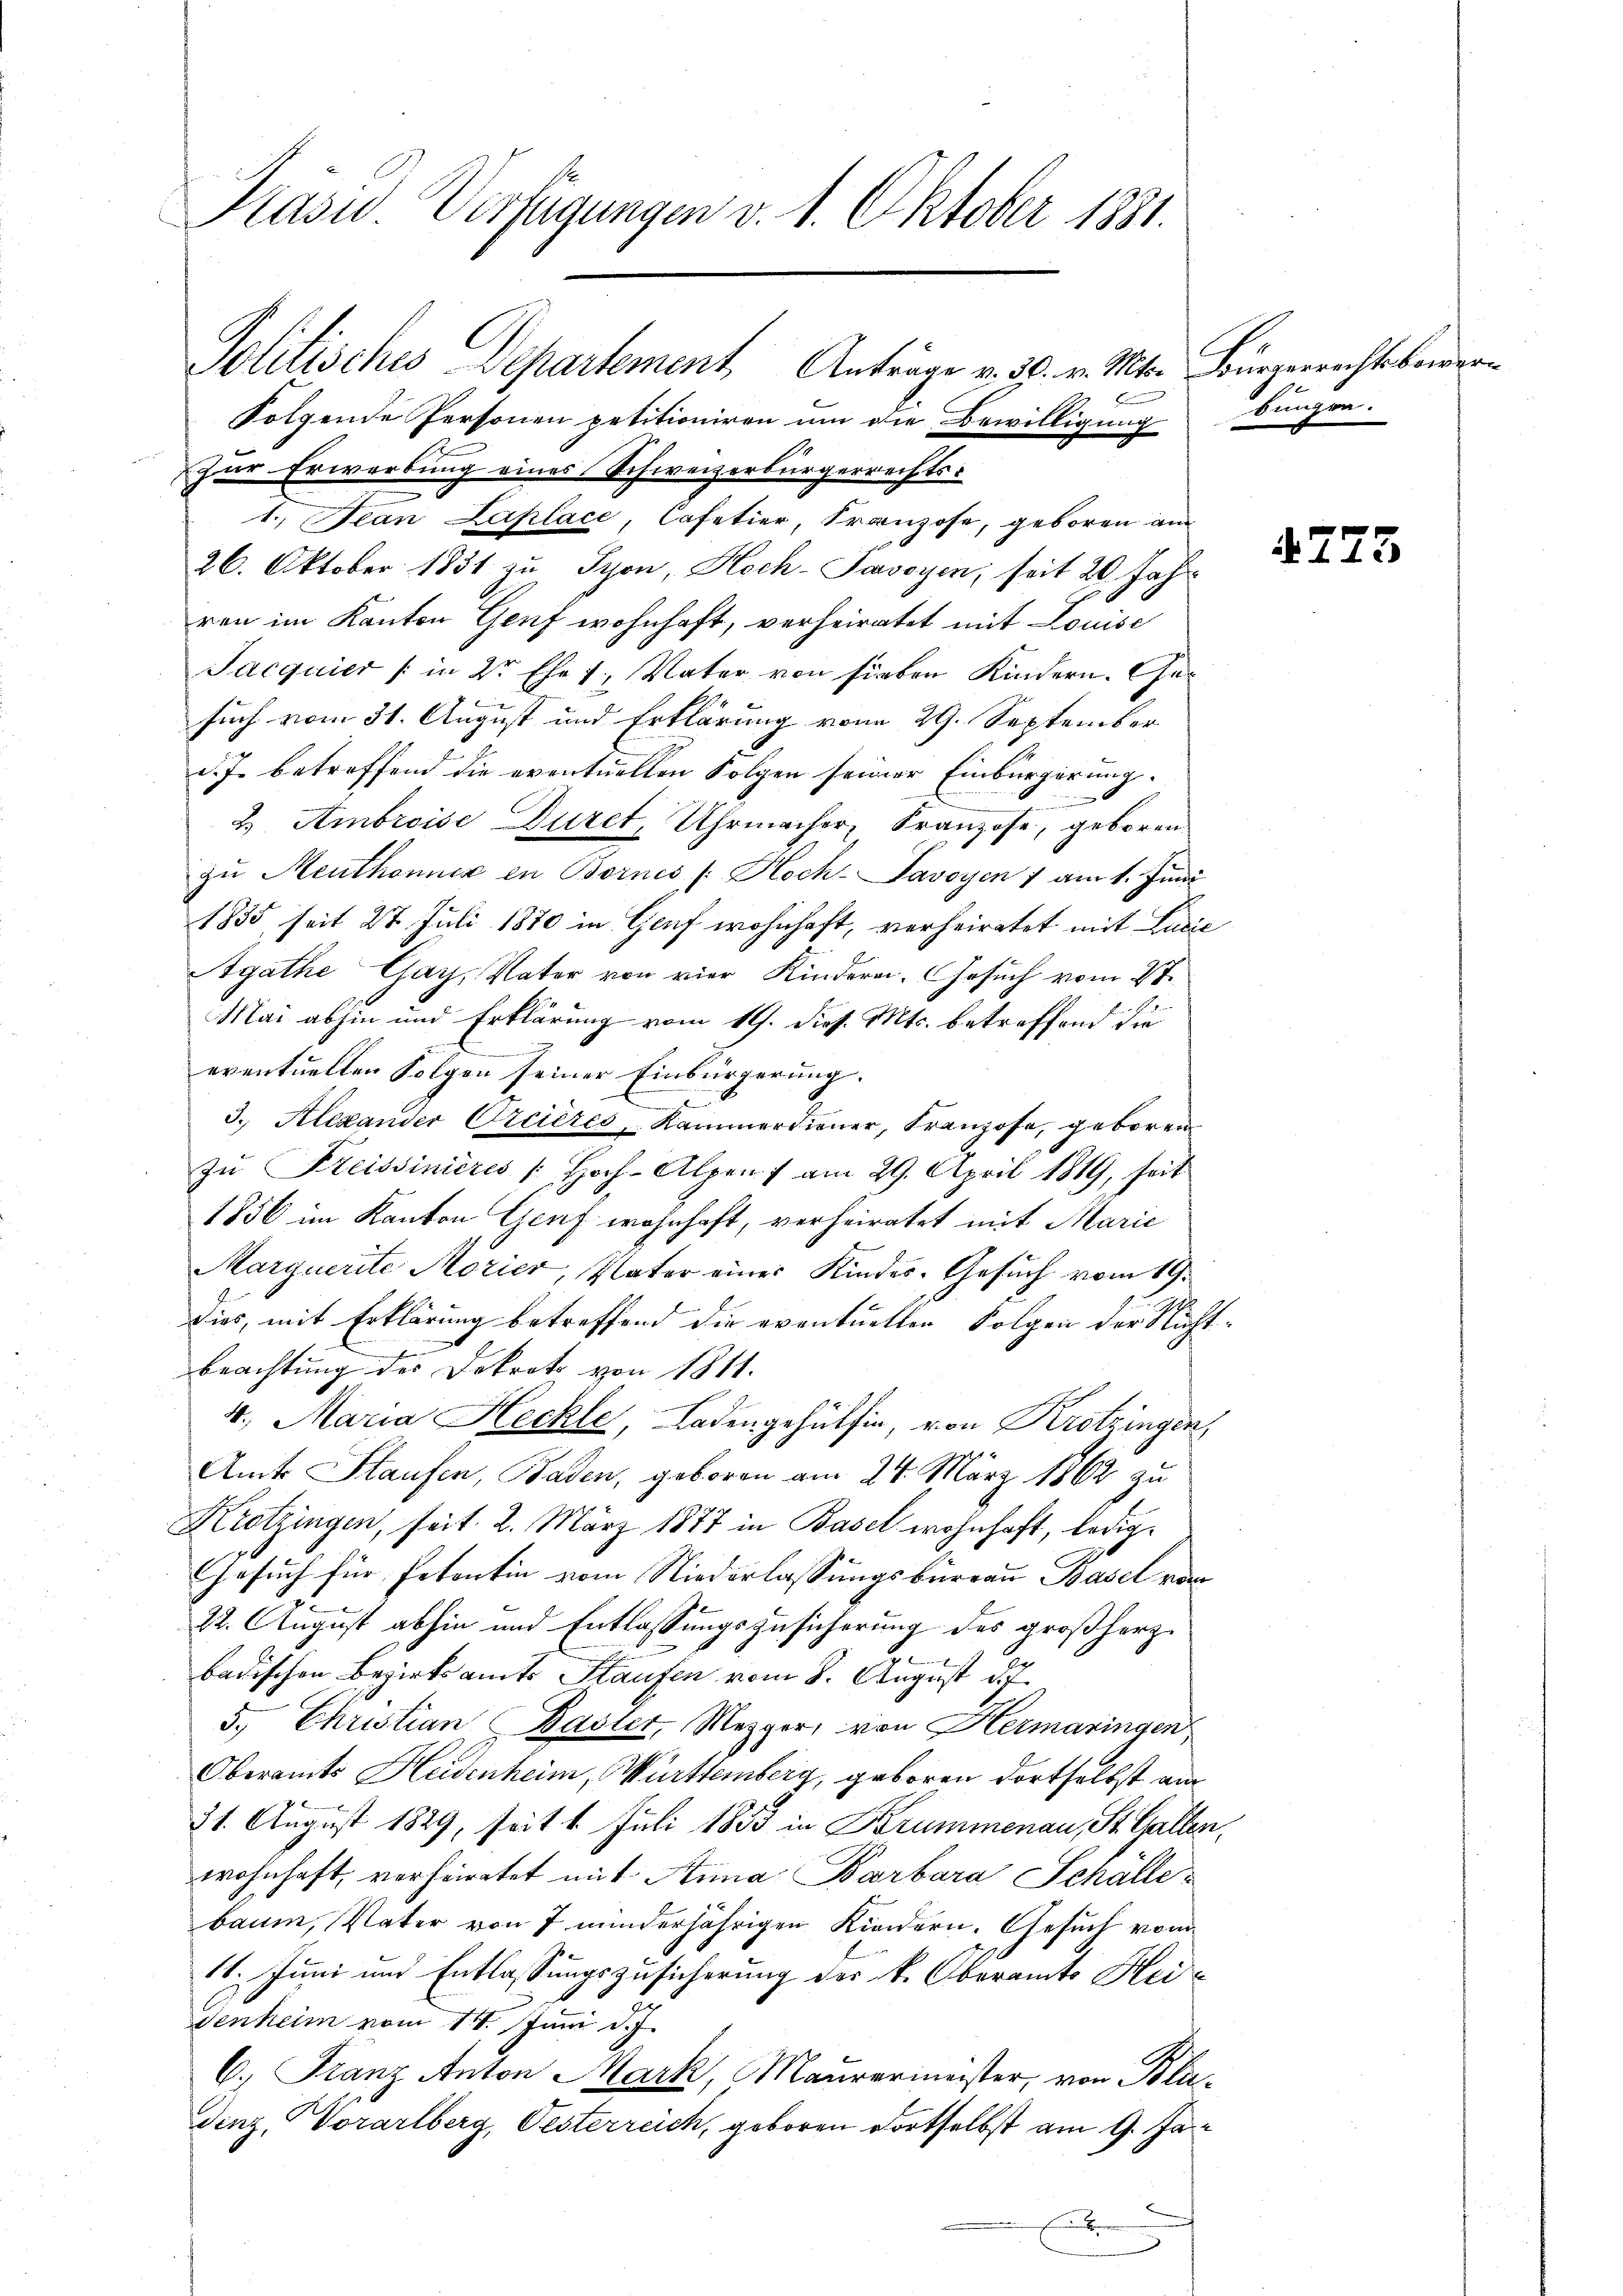
Präsid. Verfügungen v. 1. Oktober 1881.

folgende Personen petitioniren um die Bewilligung
Zur Erwerbung eines Schweizerbürgerrechts¬
1. Jean Laplace, Cafetier, Franzose, geboren am
26. Oktober 1831 zu Tyon, Hoch-Pavoyen, seit 20 Jahr
ren im Kanton Genf wohnhaft, verheiratet mit Louise
Jacquier / in Dr Ehe 1. Vater von sieben Kindern. Gesuch vom 31. August und Erklärung vom 29. September
d. J. betreffend die eventuellen Folgen seiner Einbürgerung.
.
n
2.) Ambroise Duret, Uhrmacher, Franzose, geboren
zŭ Meuthonner in Bornes /: Hoch- Savoyen 1 am 1. Juni
1835, seit 27. Juli 1870 in Genf wohnhaft, verheiratet mit Lucie
Agathe Gay, Vater von vier Kindern. Gesuch vom 27.
Mai abhin und Erklärung vom 19. dies. Mts. betreffend die
eventuellen Folgen seiner Einbürgerung.
3. Alexander Orcieres, Kammerdiener, Franzose, geboren
zu Kreissinieres Hoch-Alpen ) am 29. April 1819, heit
1856 im Kanton Genf wohnhaft, verheiratet mit Marie
Marquerite Morier, Vater eines Kindes-Gesuch vom 19.
dies, mit Erklärung betreffend die eventuellen Folgen der Nicht-
beachtung des Dokrato von 1811.
4., Maria Heckle, Ladengehülfen, von Krotzingen,
Amts Staufen, Baden, geboren am 24. März 1862 zu
Krotzingen, seit 2. März 1877 in Basel wohnhaft, ledig¬
Gesuch für Petentin vom Niederlassungsberrau Basel vom
.
22. August abhin und Entlassungszusicherung des großherz¬
1
badischen Bezirksamts Staufen vom 8. August d. J.
5. Christian Basler, Mezger, von Hermaringen
Oberamts Heidenheim, Württemberg, geboren dortselbst am
21. August 1829, seit 1. Juli 1853 in Krummenau, St. Gallen,
wohnhaft, verheiratet mit Anna Barbara Schälle
baum, Vater von 7 minderjährigen Kindern. Gesuch vom
11. Juni und Entlassungszusicherung des k. Oberamts Heidenheim vom 1. Juni d. J.
C. Franz Anton Mark, Maurermeister, von Bladinz, Vorarlberg, Oesterreich, geboren dortselbst am 9. Jae

Politisches Departement Anträge v. 30. v. Mts. Bürgerrechtsbewer¬

E

9
bungen.

775